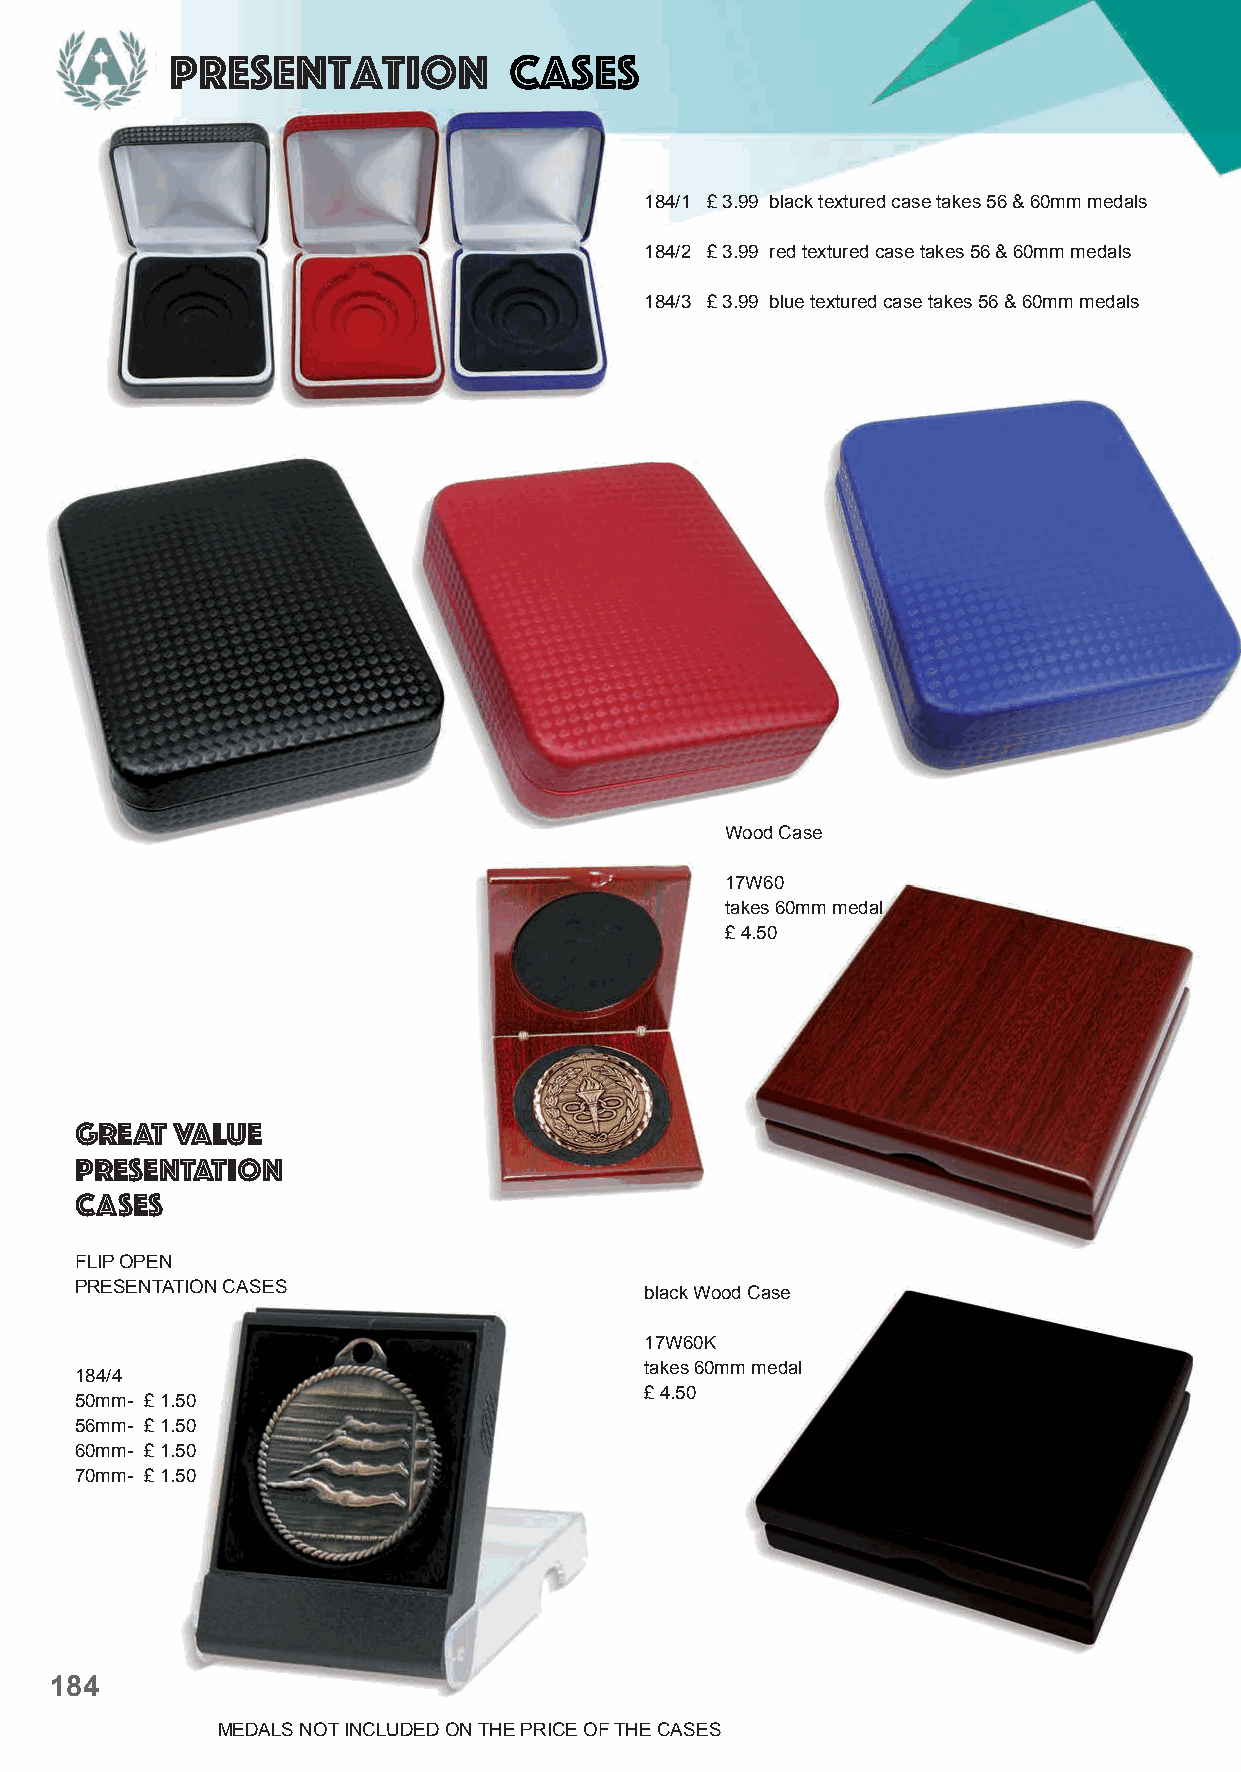
Presentation           Cases
 184/1 £ 3.99 black textured case takes 56 & 60mm medals
 184/2 £ 3.99 red textured case takes 56 & 60mm medals
 184/3 £ 3.99 blue textured case takes 56 & 60mm medals
 Wood Case
 17W60
 takes 60mm medal
 £ 4.50
 GREAT  VALUE
 PRESENTATION
 CASEs
 FLIP OPEN
 PRESENTATION CASES                    black Wood Case
 17W60K
 takes 60mm medal
 184/4
 £ 4.50
 50mm- £ 1.50
 56mm- £ 1.50
 60mm- £ 1.50
 70mm- £ 1.50
 184
 MEDALS NOT INCLUDED ON THE PRICE OF THE CASES